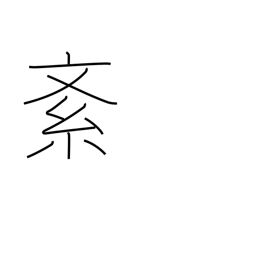
Meaning: disturb